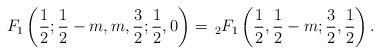
LaTeX: \begin{align*} F_{1}\left(\frac{1}{2};\frac{1}{2}-m,m,\frac{3}{2};\frac{1}{2}, 0\right) = \,_{2}F_{1}\left( \frac{1}{2}, \frac{1}{2} -m; \frac{3}{2}, \frac{1}{2} \right). \end{align*}